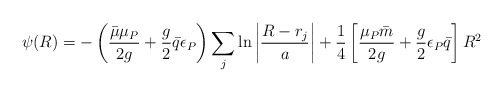
\begin{align*}\psi (R ) = - \left( \frac{ \bar{ \mu} \mu_P}{ 2 g} + \frac{ g}{2} \bar{ q}\epsilon_P \right) \sum_j \ln \left| \frac{ R - r_j}{ a} \right| +\frac{1}{4} \left[ \frac{ \mu_P \bar{m}}{ 2 g} + \frac{ g}{2}\epsilon_P \bar{q} \right] R^2\end{align*}